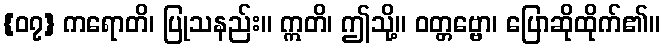
{၀၇} ကရောတိ၊ ပြုသနည်း။ ဣတိ၊ ဤသို့။ ဝတ္တဗ္ဗော၊ ပြောဆိုထိုက်၏။